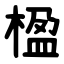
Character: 楹